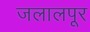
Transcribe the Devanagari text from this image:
जलालपूर